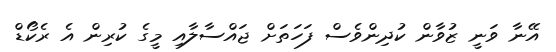
އޭނާ ވަނީ ޒުވާން ކުދިންވެސް ފަހަތަށް ޖައްސާލާއި މީގެ ކުރިން އެ ރެކޯޑް